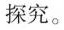
探究。